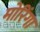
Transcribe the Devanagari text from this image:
मोरिंगा